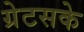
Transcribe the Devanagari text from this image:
ग्रेटसके